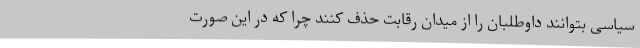
سیاسی بتوانند داوطلبان را از میدان رقابت حذف کنند چرا که در این صورت